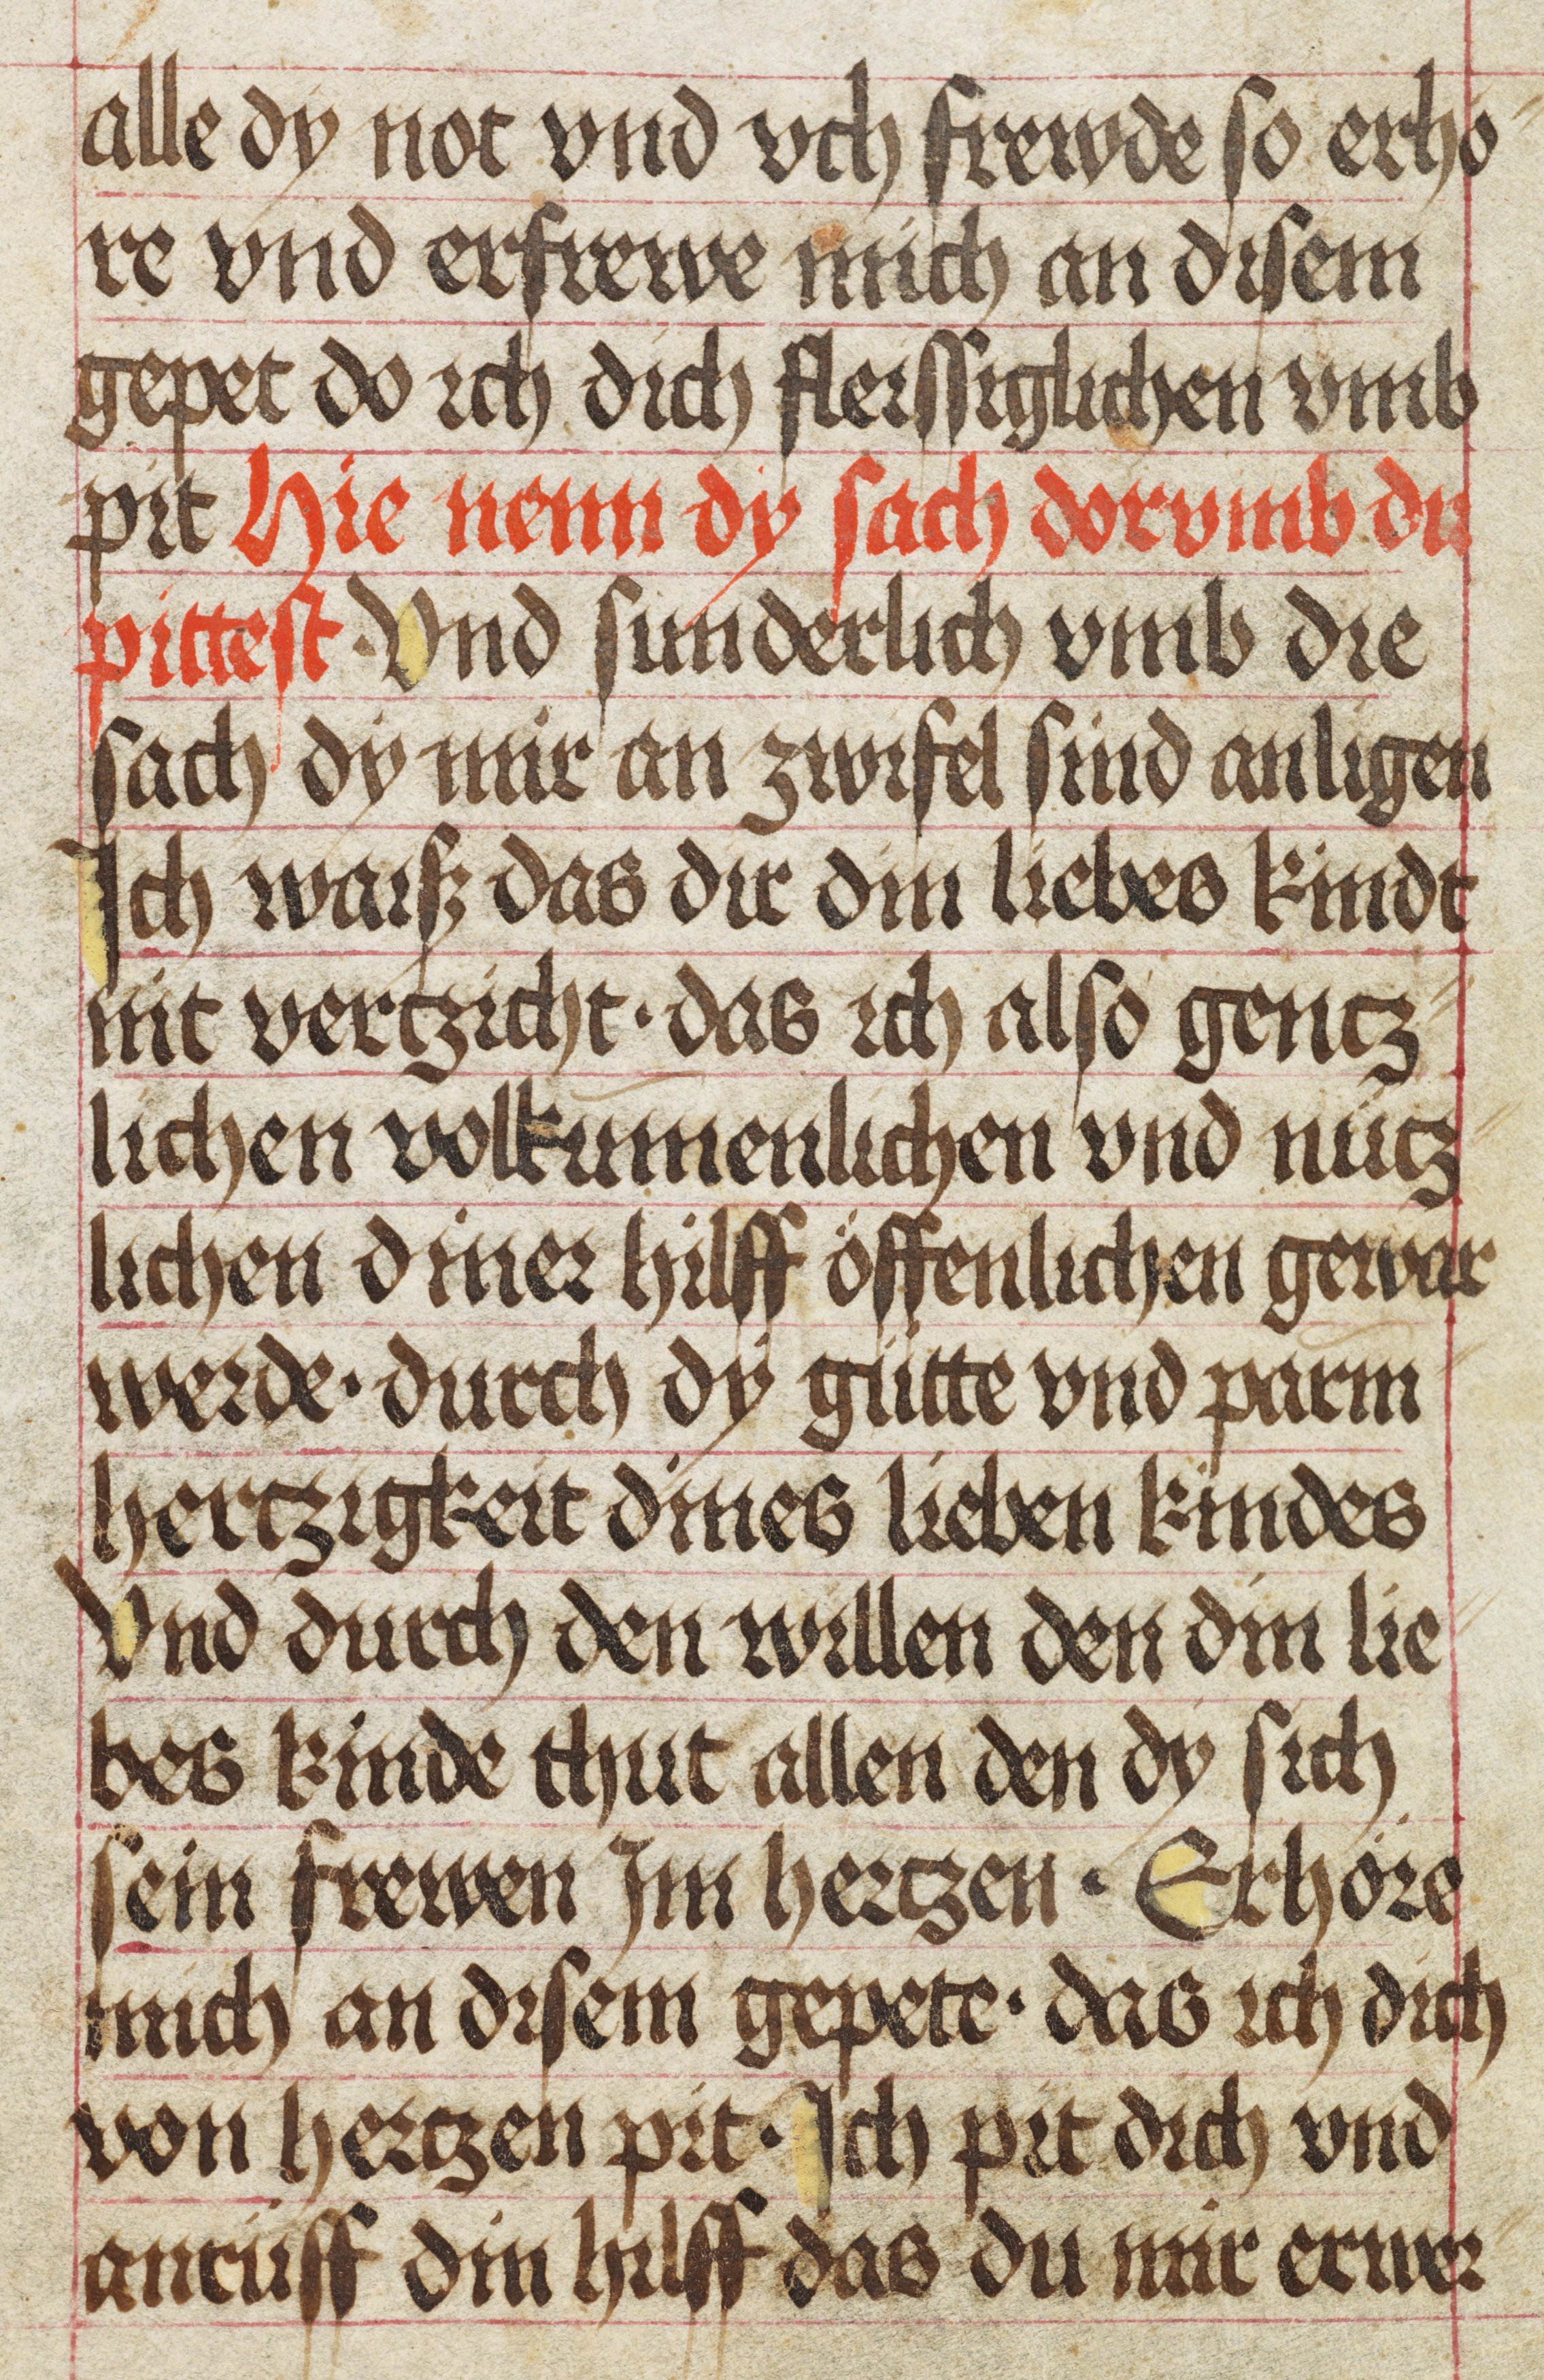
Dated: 1475–1499